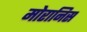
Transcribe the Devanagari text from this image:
मोरानिस